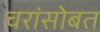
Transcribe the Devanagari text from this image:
चरांसोबत